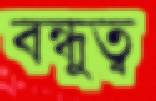
বন্ধুত্ব